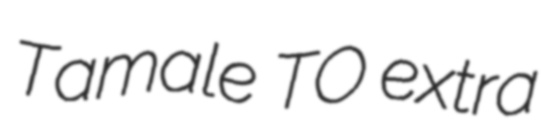
Tamale TO extra